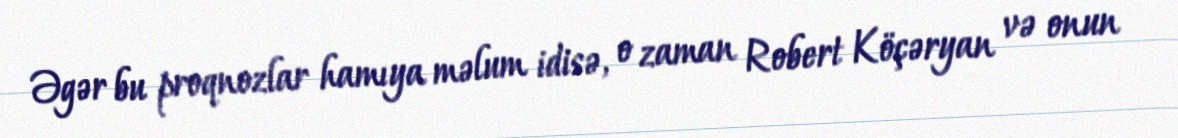
Əgər bu proqnozlar hamıya məlum idisə, o zaman Robert Köçəryan və onun